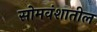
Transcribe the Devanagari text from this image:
सोमवंशातील